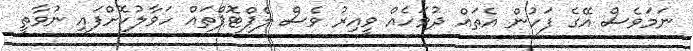
ނަމަވެސް އޭގެ ފަހުން އެތައް ދުވަހެއް ވީއިރު ވެސް ލެޕްޓޮޕްތައް ހަވާލުކޮށްފައި ނުވާތީ